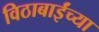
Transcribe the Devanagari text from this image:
विठाबाईंच्या